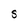
Character: S